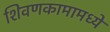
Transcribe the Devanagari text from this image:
शिवणकामामध्ये